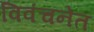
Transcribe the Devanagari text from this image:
विवंचनेत